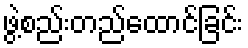
ဖွဲ့စည်းတည်ထောင်ခြင်း